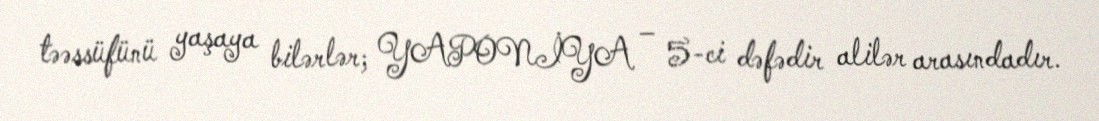
təəssüfünü yaşaya bilərlər; YAPONİYA – 5-ci dəfədir alilər arasındadır.